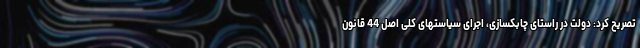
تصریح کرد: دولت در راستای چابکسازی، اجرای سیاستهای کلی اصل 44 قانون